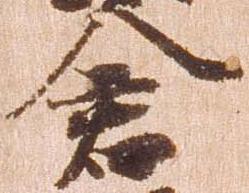
倉